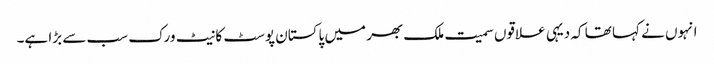
انہوں نے کہا تھا کہ دیہی علاقوں سمیت ملک بھر میں پاکستان پوسٹ کا نیٹ ورک سب سے بڑا ہے۔